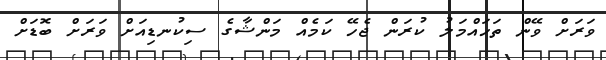
ވަރަށް ވޭން ތަހައްމަލު ކުރަން ޖެހޭ ކަމެއް މަންޝާގެ ސިކުނޑިއަށް ވަރަށް ބޮޑަށް